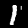
Digit: 1